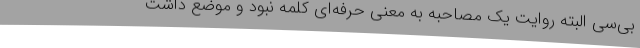
‌بی‌سی البته روایت یک مصاحبه به معنی حرفه‌ای کلمه نبود و موضع داشت